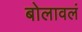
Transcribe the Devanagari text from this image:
बोलावलं